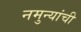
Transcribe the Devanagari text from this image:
नमुन्यांची